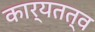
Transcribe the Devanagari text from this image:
कार्यतत्व